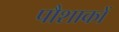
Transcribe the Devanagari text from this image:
पौशाकों